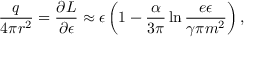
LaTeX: \frac { q } { 4 \pi r ^ { 2 } } = \frac { \partial { \cal L } } { \partial \epsilon } \approx \epsilon \left( 1 - \frac { \alpha } { 3 \pi } \ln \frac { e \epsilon } { \gamma \pi m ^ { 2 } } \right) ,